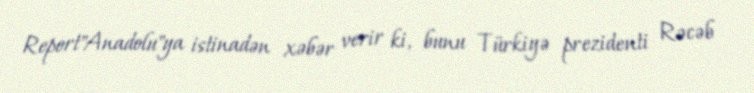
Report"Anadolu"ya istinadən xəbər verir ki, bunu Türkiyə prezidenti Rəcəb